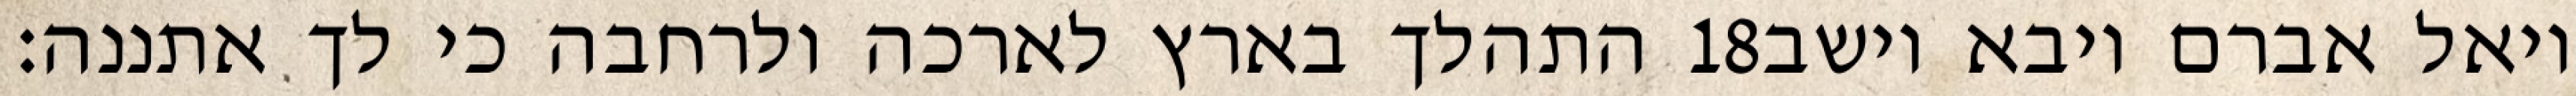
התהלך בארץ לארכה ולרחבה כי לך אתננה׃ ‎18‏ ויאל אברם ויבא וישב